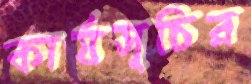
কার্যসূচির